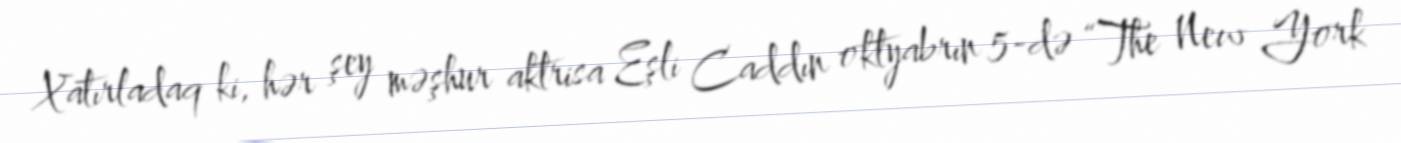
Xatırladaq ki, hər şey məşhur aktrisa Eşli Caddın oktyabrın 5-də “The New York